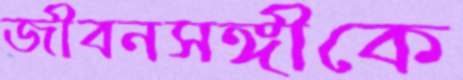
জীবনসঙ্গীকে